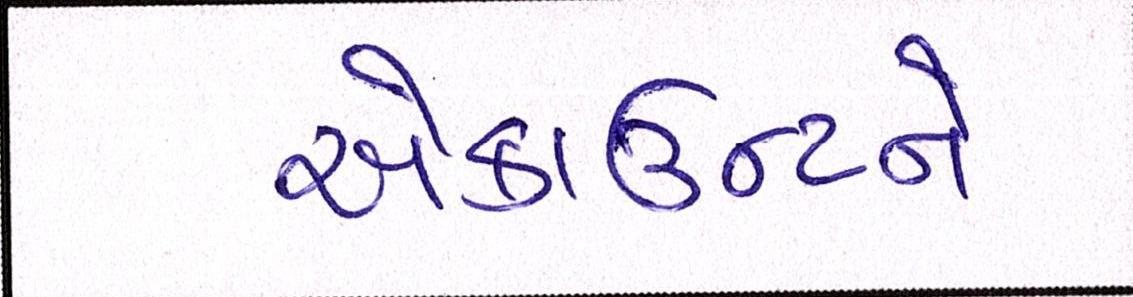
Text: એકાઉન્ટને